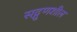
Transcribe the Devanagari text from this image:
सद्गुणशील